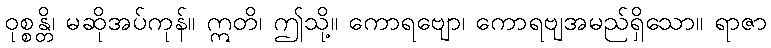
ဝုစ္စန္တိ၊ မဆိုအပ်ကုန်။ ဣတိ၊ ဤသို့။ ကောရဗျော၊ ကောရဗျအမည်ရှိသော။ ရာဇာ